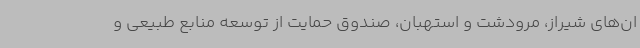
ان‌های شیراز، مرودشت و استهبان، صندوق حمایت از توسعه منابع طبیعی و